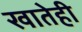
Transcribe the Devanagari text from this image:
खातेही